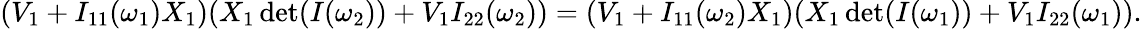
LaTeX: \begin{array}{r}{(V_{1}+I_{11}(\omega_{1})X_{1})(X_{1}\operatorname*{det}(I(\omega_{2}))+V_{1}I_{22}(\omega_{2}))=(V_{1}+I_{11}(\omega_{2})X_{1})(X_{1}\operatorname*{det}(I(\omega_{1}))+V_{1}I_{22}(\omega_{1})).}\end{array}